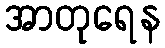
အာတုရေန